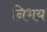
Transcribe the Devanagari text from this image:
निभय